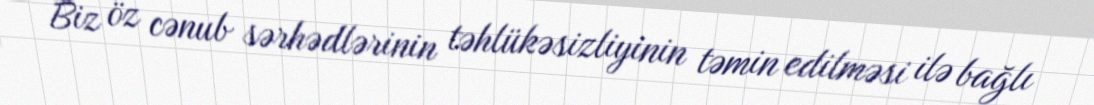
Biz öz cənub sərhədlərinin təhlükəsizliyinin təmin edilməsi ilə bağlı